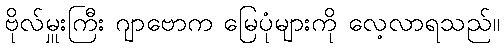
ဗိုလ်မှူးကြီး ဂျာဗောက မြေပုံများကို လေ့လာရသည်။